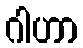
ဂါဟာ